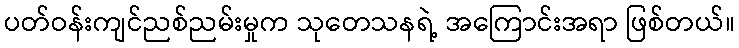
ပတ်ဝန်းကျင်ညစ်ညမ်းမှုက သုတေသနရဲ့ အကြောင်းအရာ ဖြစ်တယ်။